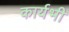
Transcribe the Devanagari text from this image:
कार्यभी